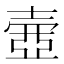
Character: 𡔳